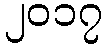
၂၀၁၇